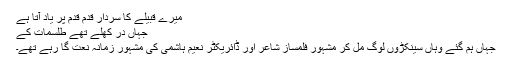
میرے قبیلے کا سردار قدم قدم پر یاد آتا ہے
جہاں در کھلے تھے طلسمات کے
جہاں ہم گئے وہاں سینکڑوں لوگ مل کر مشہور فلمساز شاعر اور ڈائریکٹر نعیم ہاشمی کی مشہور زمانہ نعت گا رہے تھے۔